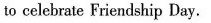
to celebrate Friendship Day.